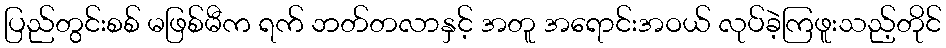
ပြည်တွင်းစစ် မဖြစ်မီက ရက် ဘတ်တလာနှင့် အတူ အရောင်းအဝယ် လုပ်ခဲ့ကြဖူးသည့်တိုင်